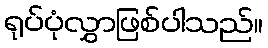
ရုပ်ပုံလွှာဖြစ်ပါသည်။